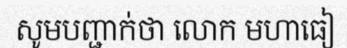
សូមបញ្ជាក់ថា លោក មហាធៀ